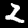
Label: 2